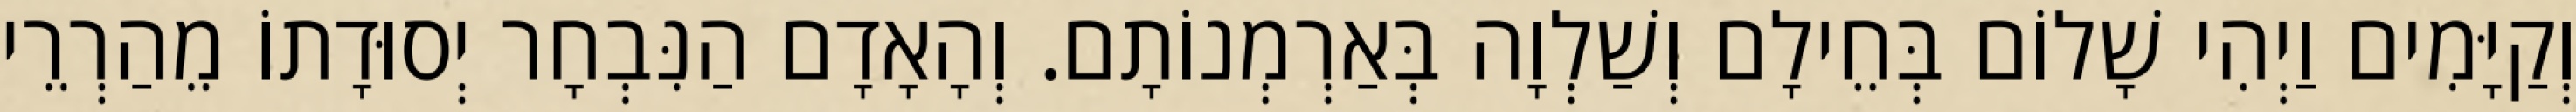
וְקַיָּמִים וַיְהִי שָׁלוֹם בְּחֵילָם וְשַׁלְוָה בְּאַרְמְנוֹתָם. וְהָאָדָם הַנִּבְחָר יְסוּדָתוֹ מֵהַרְרֵי